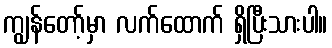
ကျွန်တော့်မှာ လက်ထောက် ရှိပြီးသားပါ။